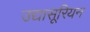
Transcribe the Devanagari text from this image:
उद्यासूरियन